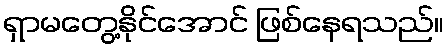
ရှာမတွေ့နိုင်အောင် ဖြစ်နေရသည်။